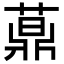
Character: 𦽍